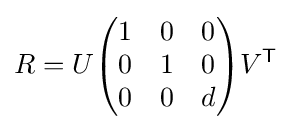
R=U{\begin{pmatrix}1&0&0\\0&1&0\\0&0&d\end{pmatrix}}V^{\mathsf {T}}